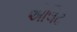
એલિટ